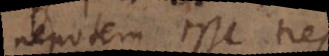
nepotem esse tres